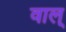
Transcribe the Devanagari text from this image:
वाल्